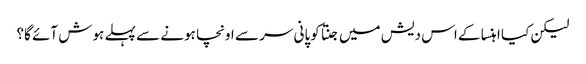
لیکن کیا اہنسا کے اس دیش میں جنتا کوپانی سر سے اونچا ہونے سے پہلے ہوش آئے گا؟